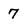
Character: 7